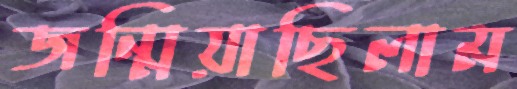
জন্মিয়াছিলাম